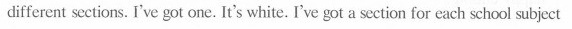
different sections. I've got one. It's white. I've got a section for each school subject